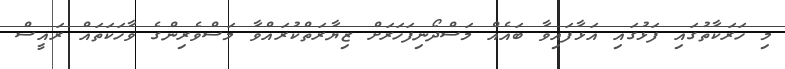
މި ހަރަކާތުގައި ފަޅުގައި އަޅާފައިވާ ބައެއް މަސްދޯނިފަހަރަށް ޒިޔާރަތްކުރައްވާ މަސްވެރިންގެ ވާހަކަތައް ރައީސް